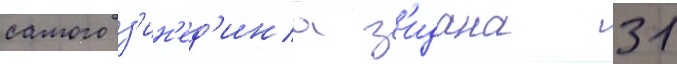
самого з'ин'ед'ина з'идана 31